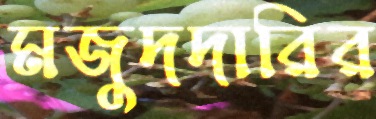
মজুদদারির